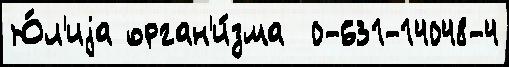
Ю́л'иjа орган'и́зма  0-631-14048-4